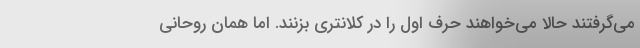
می‌گرفتند حالا می‌خواهند حرف اول را در کلانتری بزنند. اما همان روحانی